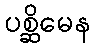
ပစ္ဆိမေန